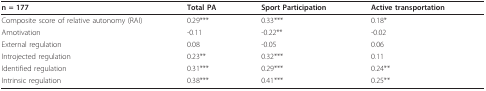
<table><thead><tr><td><b>n = 177</b></td><td><b>Total PA</b></td><td><b>Sport Participation</b></td><td><b>Active transportation</b></td></tr></thead><tbody><tr><td>Composite score of relative autonomy (RAI)</td><td>0.29***</td><td>0.33***</td><td>0.18*</td></tr><tr><td>Amotivation</td><td>-0.11</td><td>-0.22**</td><td>-0.02</td></tr><tr><td>External regulation</td><td>0.08</td><td>-0.05</td><td>0.06</td></tr><tr><td>Introjected regulation</td><td>0.23**</td><td>0.32***</td><td>0.11</td></tr><tr><td>Identified regulation</td><td>0.31***</td><td>0.29***</td><td>0.24**</td></tr><tr><td>Intrinsic regulation</td><td>0.38***</td><td>0.41***</td><td>0.25**</td></tr></tbody></table>